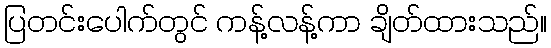
ပြတင်းပေါက်တွင် ကန့်လန့်ကာ ချိတ်ထားသည်။